Vaccination United Provinces of Agra and Oudh 1902-1913 - 1902-1913
Year: 1902
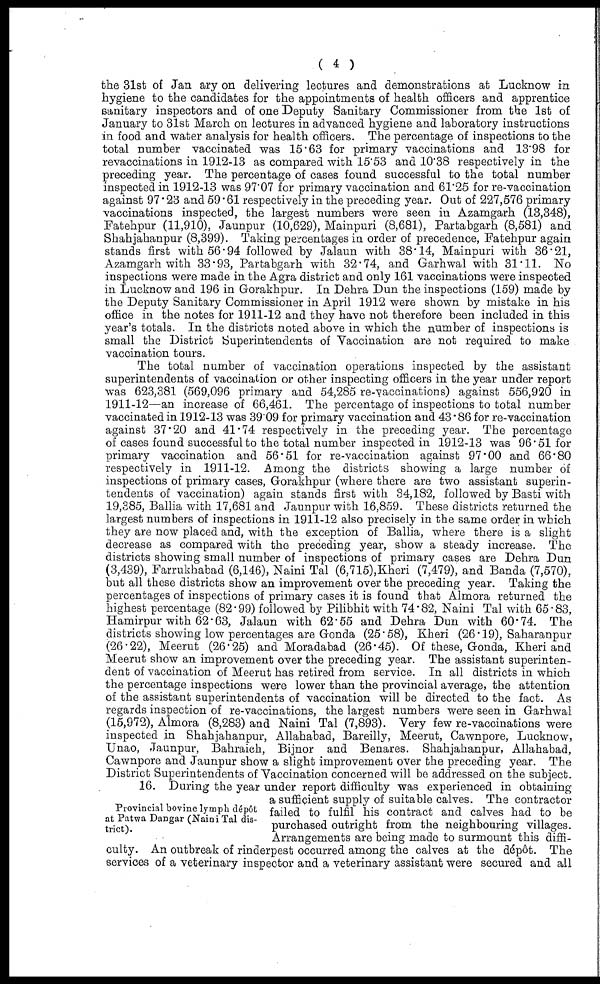
( 4 )
the 31st of Jan ary on delivering lectures and demonstrations at Lucknow in
hygiene to the candidates for the appointments of health officers and apprentice
sanitary inspectors and of one Deputy Sanitary Commissioner from the 1st of
January to 31st March on lectures in advanced hygiene and laboratory instructions
in food and water analysis for health officers. The percentage of inspections to the
total number vaccinated was 15.63 for primary vaccinations and 13.98 for
revaccinations in 1912-13 as compared with 15.53 and 10.38 respectively in the
preceding year. The percentage of cases found successful to the total number
inspected in 1912-13 was 97.07 for primary vaccination and 61.25 for re-vaccination
against 97.23 and 59.61 respectively in the preceding year. Out of 227,576 primary
vaccinations inspected, the largest numbers were seen in Azamgarh (13,348),
Fatehpur (11,910), Jaunpur (10,629), Mainpuri (8,681), Partabgarh (8,581) and
Shahjahanpur (8,399). Taking percentages in order of precedence, Fatehpur again
stands first with 56.94 followed by Jalaun with 38.14, Mainpuri with 36.21,
Azamgarh with 33.93, Partabgarh with 32.74, and Garhwal with 31.11. No
inspections were made in the Agra district and only 161 vaccinations were inspected
in Lucknow and 196 in Gorakhpur. In Dehra Dun the inspections (159) made by
the Deputy Sanitary Commissioner in April 1912 were shown by mistake in his
office in the notes for 1911-12 and they have not therefore been included in this
year's totals. In the districts noted above in which the number of inspections is
small the District Superintendents of Vaccination are not required to make
vaccination tours.
The total number of vaccination operations inspected by the assistant
superintendents of vaccination or other inspecting officers in the year under report
was 623,381 (569,096 primary and 54,285 re-vaccinations) against 556,920 in
1911-12—an increase of 66,461. The percentage of inspections to total number
vaccinated in 1912-13 was 39.09 for primary vaccination and 43.86 for re-vaccination
against 37.20 and 41.74 respectively in the preceding year. The percentage
of cases found successful to the total number inspected in 1912-13 was 96.51 for
primary vaccination and 56.51 for re-vaccination against 97.00 and 66.80
respectively in 1911-12. Among the districts showing a large number of
inspections of primary cases, Gorakhpur (where there are two assistant superin-
tendents of vaccination) again stands first with 34,182, followed by Basti with
19,385, Ballia with 17,681 and Jaunpur with 16,859. These districts returned the
largest numbers of inspections in 1911-12 also precisely in the same order in which
they are now placed and, with the exception of Ballia, where there is a slight
decrease as compared with the preceding year, show a steady increase. The
districts showing small number of inspections of primary cases are Dehra Dun
(3,439), Farrukhabad (6,146), Naini Tal (6,715),Kheri (7,479), and Banda (7,570),
but all these districts show an improvement over the preceding year. Taking the
percentages of inspections of primary cases it is found that Almora returned the
highest percentage (82.99) followed by Pilibhit with 74.82, Naini Tal with 65.83,
Hamirpur with 62.63, Jalaun with 62.55 and Dehra Dun with 60.74. The
districts showing low percentages are Gonda (25.58), Kheri (26.19), Saharanpur
(26.22), Meerut (26.25) and Moradabad (26.45). Of these, Gonda, Kheri and
Meerut show an improvement over the preceding year. The assistant superinten-
dent of vaccination of Meerut has retired from service. In all districts in which
the percentage inspections were lower than the provincial average, the attention
of the assistant superintendents of vaccination will be directed to the fact. As
regards inspection of re-vaccinations, the largest numbers were seen in Garhwal
(15,972), Almora (8,283) and Naini Tal (7,893). Very few re-vaccinations were
inspected in Shahjahanpur, Allahabad, Bareilly, Meerut, Cawnpore, Lucknow,
Unao, Jaunpur, Bahraich, Bijnor and Benares. Shahjahanpur, Allahabad,
Cawnpore and Jaunpur show a slight improvement over the preceding year. The
District Superintendents of Vaccination concerned will be addressed on the subject.
Provincial bovine lymph dépôt
at Patwa Dangar (Naini Tal dis-
trict).
16. During the year under report difficulty was experienced in obtaining
a sufficient supply of suitable calves. The contractor
failed to fulfil his contract and calves had to be
purchased outright from the neighbouring villages.
Arrangements are being made to surmount this diffi-
culty. An outbreak of rinderpest occurred among the calves at the dépôt. The
services of a veterinary inspector and a veterinary assistant were secured and all